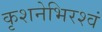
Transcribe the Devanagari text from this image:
कृशनेभिरश्वं